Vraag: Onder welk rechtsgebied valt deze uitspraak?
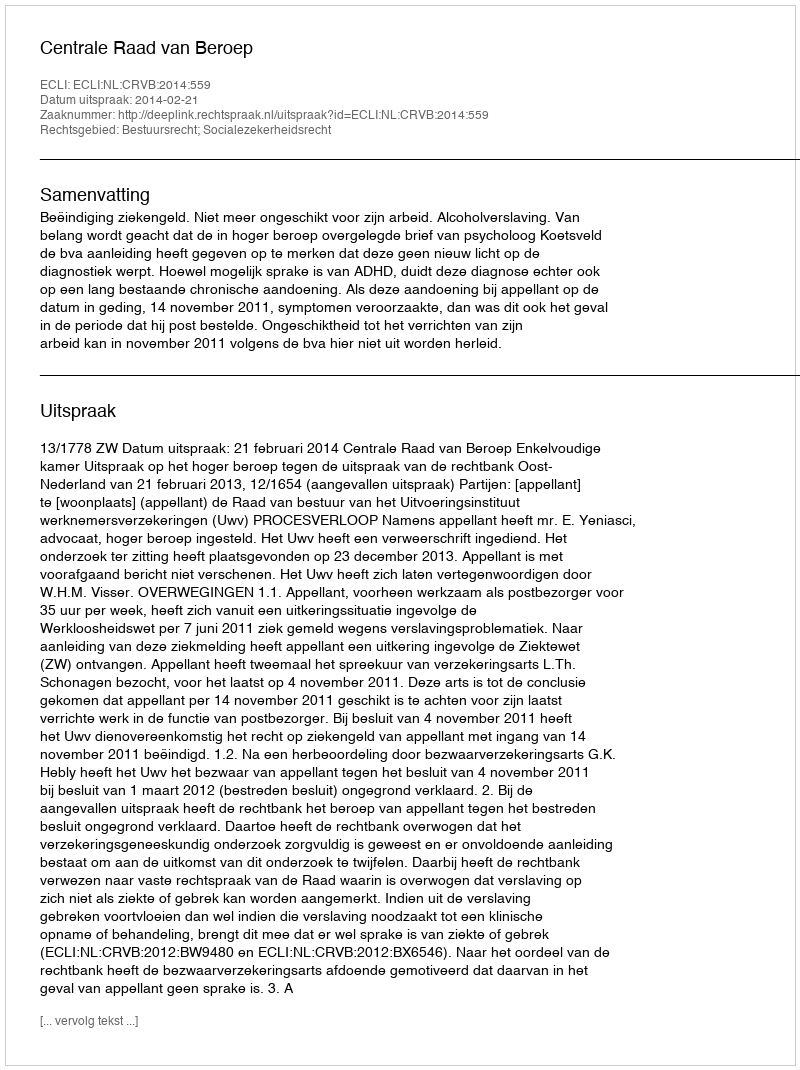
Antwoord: Bestuursrecht; Socialezekerheidsrecht